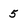
Character: 5